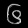
Digit: ၆